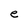
Character: e